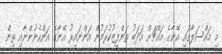
މި މައްސަލާގައި އޭނާގެ މައްޗަށް އަދަބު ތަންފީޒުކުރަމުން އަންނައިރު އޭނާގެ އަންހެނުންނާއި ތިން